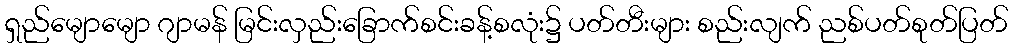
ရှည်မျောမျော ဂျာမန် မြင်းလှည်းခြောက်စင်းခန့်စလုံး၌ ပတ်တီးများ စည်းလျက် ညစ်ပတ်စုတ်ပြတ်